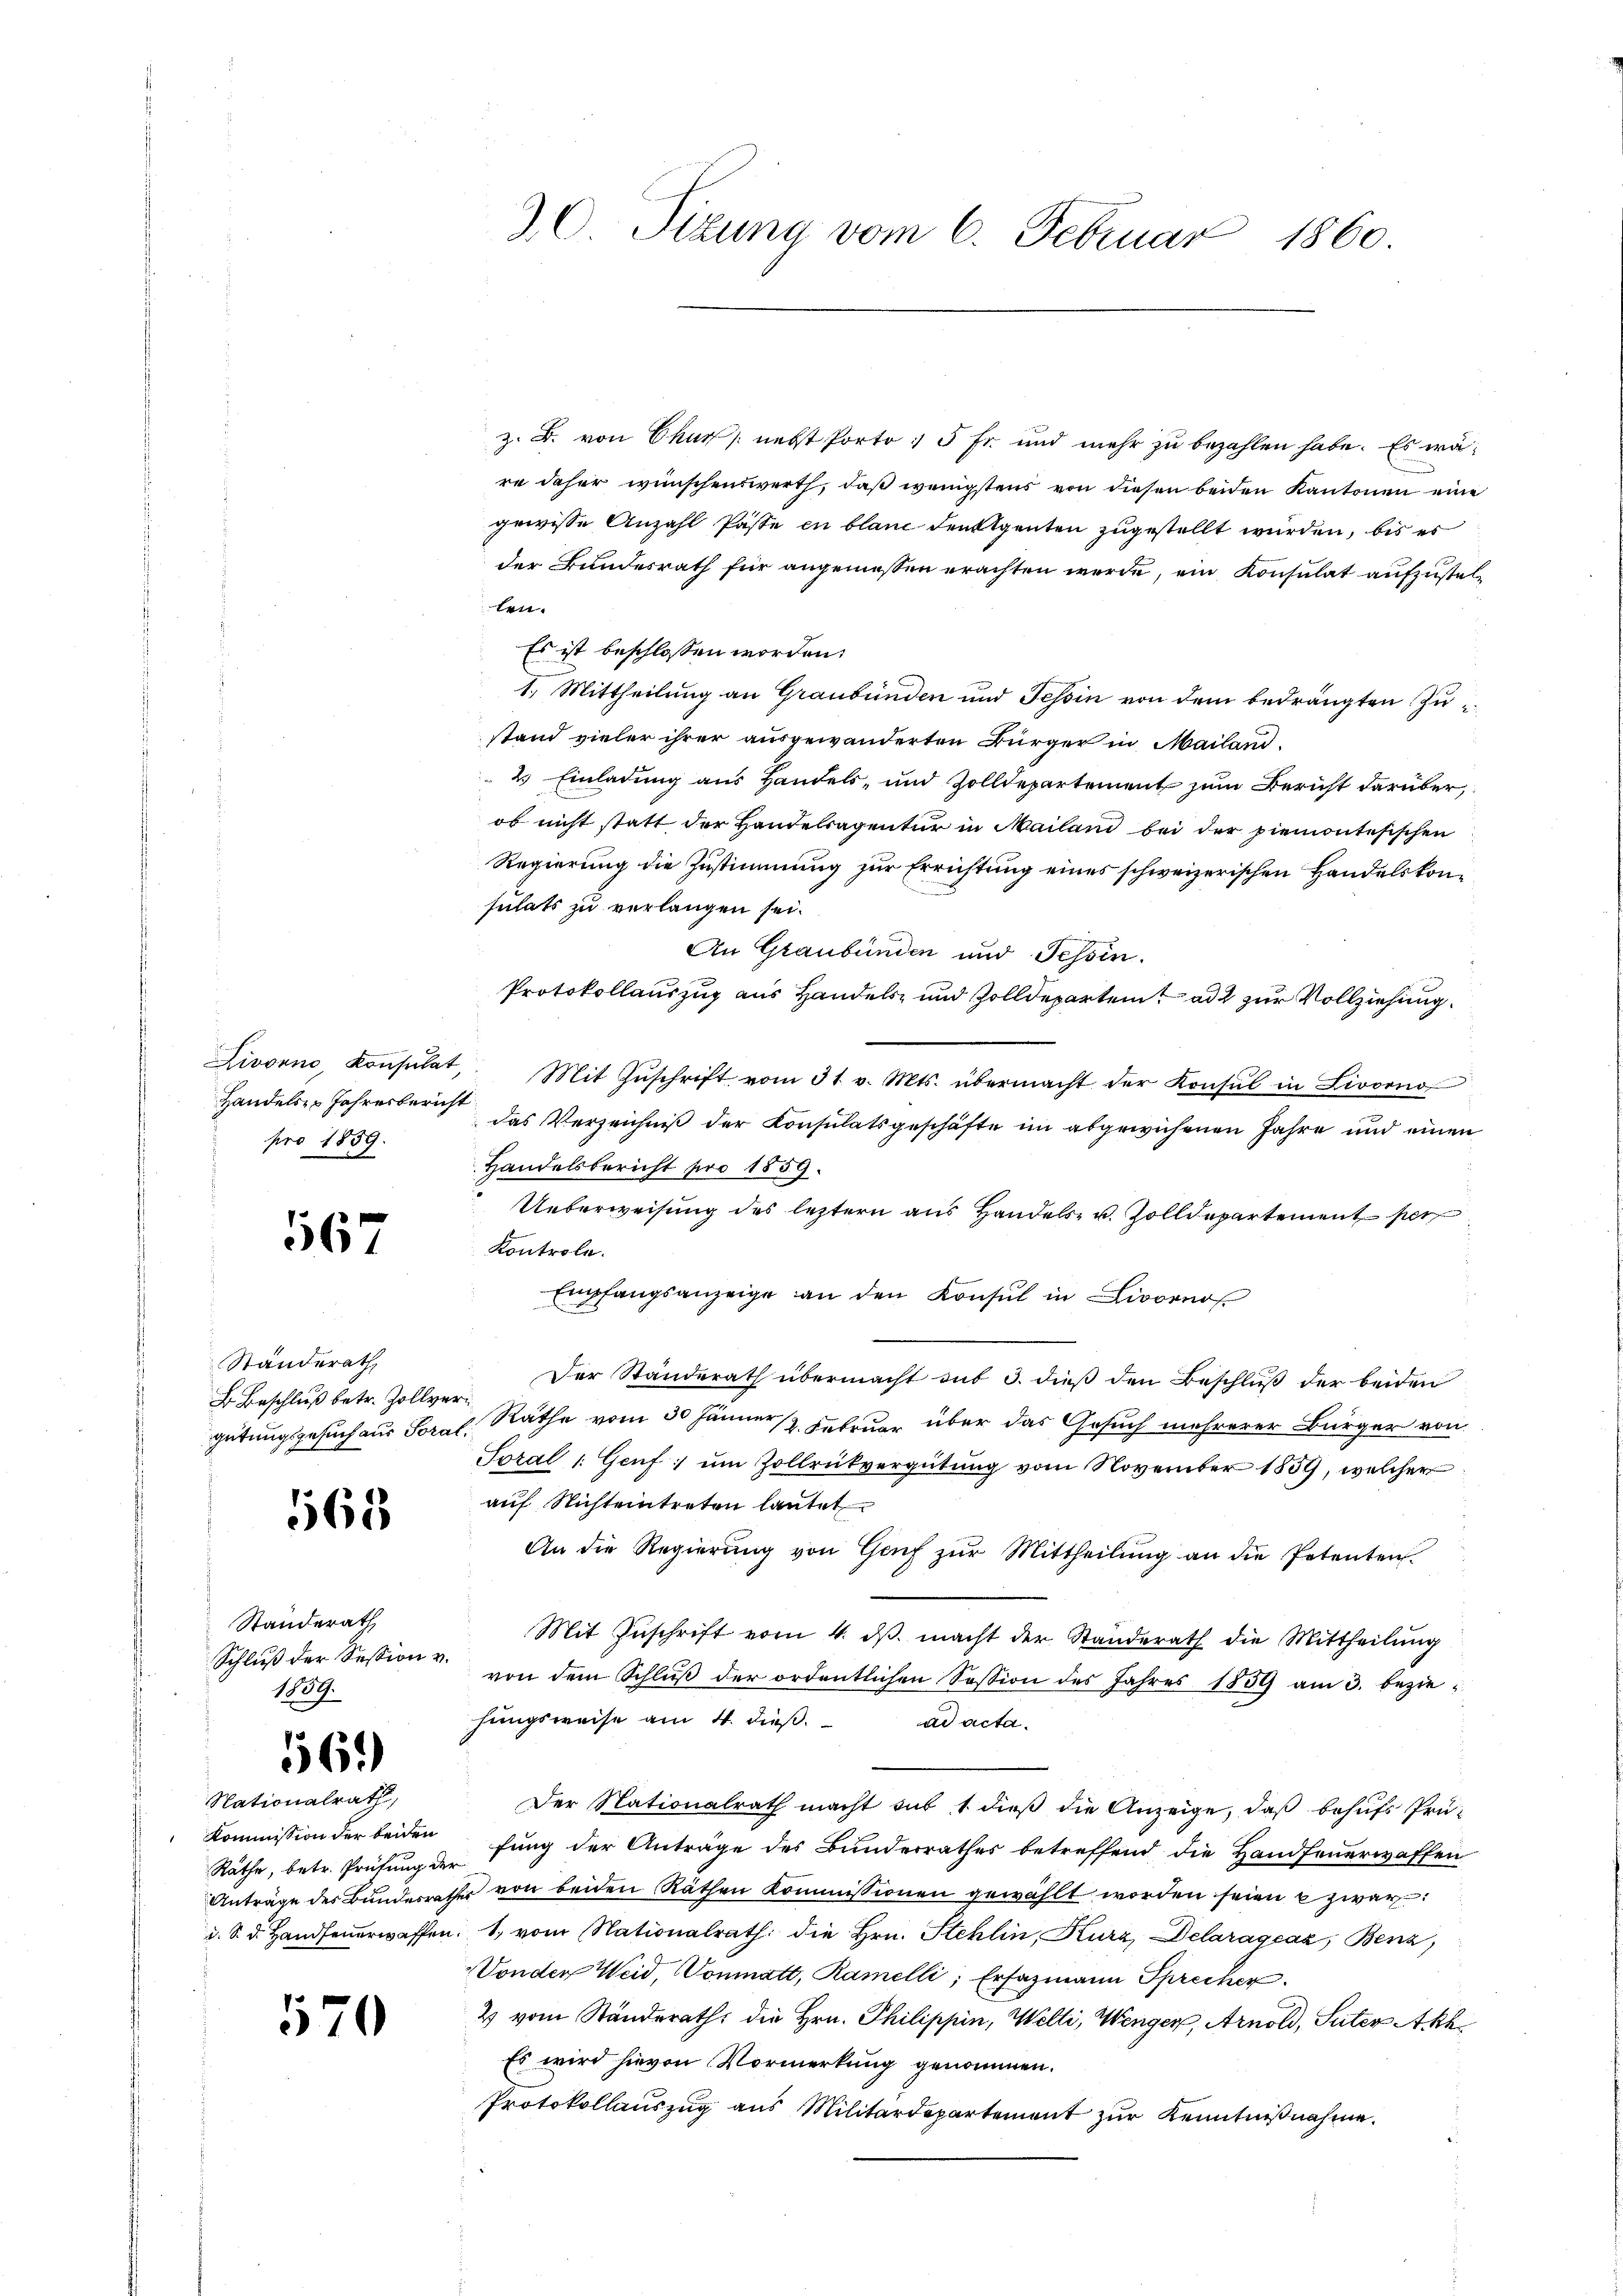
Handels Jahresbericht
pro 1859.

567

Standerath
B. Beschluß betr. Zollvergütungsgesuch aus Soral.

565

Standerath
Schluß der Session v.
1859.

160)

Nationalrath,
Kommission der beiden
Räthe, betr. Prüfung der
d. S. d. Handfeuerwaffen.

570

36. Titung vom 6. Februar 1860.

z. B. von Chur, nebst Porto : 5 Fr. und mehr zu bezahlen habe. Es wäre daher wünschenswerth, daß wenigstens von diesen beiden Kantonen eine
gewisse Anzahl Pässe en blanc den Agenten zugestellt wurden, bis es
der Bundesrath für angemessen erachten werde, ein Konsulat aufzustellen.
Es ist beschlossen worden.
1.) Mittheilung an Graubünden und Tessin von dem bedrängten Zustand vieler ihrer ausgewanderten Bürger in Mailand.
2. Einladung aus Handels- und Zolldepartement zum Bericht darüber,
ob nicht statt der Handelsagentur in Mailand bei der piemontesischen
Regierung die Zustimmung zur Errichtung eines schweizerischen Handelskonsulats zu verlangen sei.
An Graubünden und Tessin.
Protokollauszug aus Handels- und Zolldepartem ad 2 zur Vollziehung.
Livorno, konsulat, Mit Zŭschrift vom 31. v. Mts. übermacht der Konsul in Livorno
das Verzeichniß der Konsulatsgeschäfte im abgewichenen Jahre und einen
Handelsbericht pro 1859.
Ueberweisung des leztern aus Handels- u. Zolldepartement per
Kontrole.
Empfangsanzeige an den Konsul in Livornof
Der Standerath übermacht mit 3. dieß den Beschluß der beiden
Räthe vom 30 Jänner 2. Februar über das Gesuch mehrerer Bürger von
Toral 1. Genf; ŭm Zollrükvergütŭng vom November 1859, welcher
auf Nichteintreten lautet
An die Regierŭng von Genf zŭr Mittheilŭng an die Petenten.
Mit Zŭschrift vom 4. dβ. macht der Standerath die Mittheilŭng
von dem Schlŭβ der ordentlichen Session des Jahres 1859 am 3. beziehungsweise am 4. dieß.
ad acta.
Der Nationalrath macht sub 1 dieß die Anzeige, daß behufs Prüfung der Anträge des Bunderrathes betreffend die Handfeuerwaffen
Anträge des Bundesrathes von beiden Räthen Kommissionen gewählt worden seien zwar
1. vom Nationalrath die Hrn. Stehlin, Kurz, Delarágeaz, Benz,
Vonder Weid, Vonmatt, Ramelli, Ersazmann Sprecher
2 vom Ständerath, die Hrn. Philippin, Welti, Wenger, Arnold, Suter Akk
Es wird hievon Vormerkung genommen.
Protokollauszug aus Militärdepartement zŭr Kenntniβnahme.